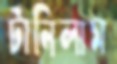
টানিলাম